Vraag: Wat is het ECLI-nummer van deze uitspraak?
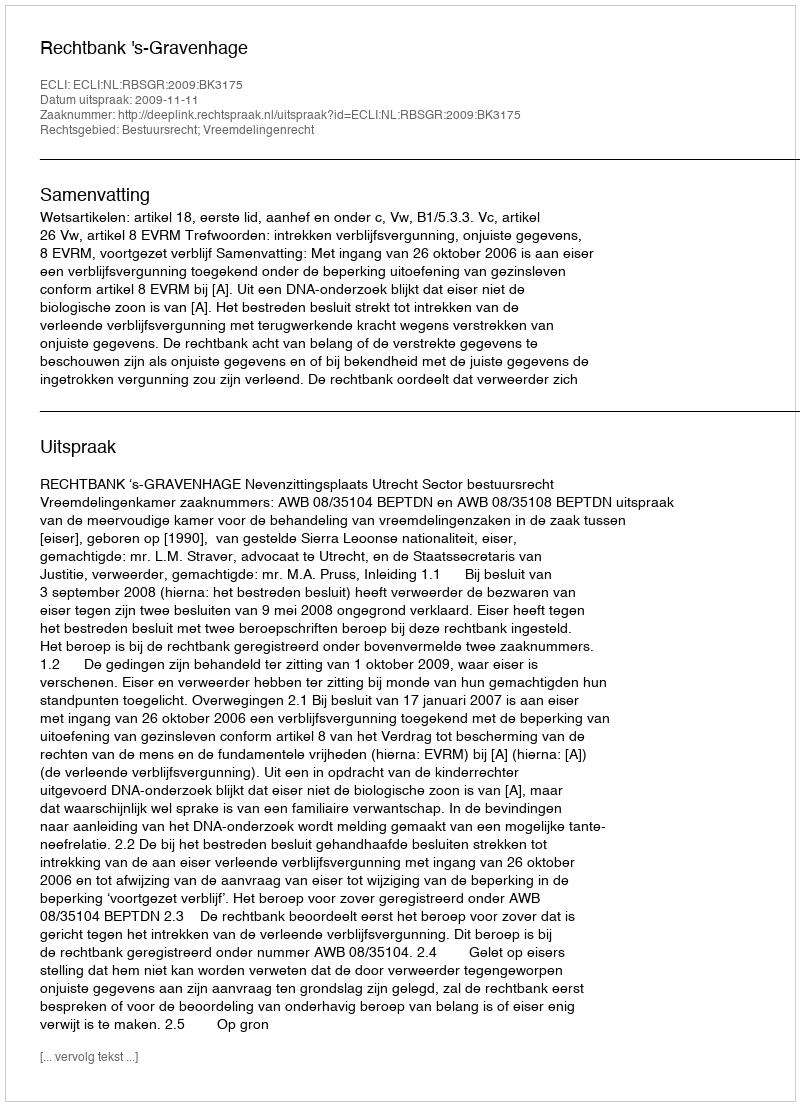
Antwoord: ECLI:NL:RBSGR:2009:BK3175